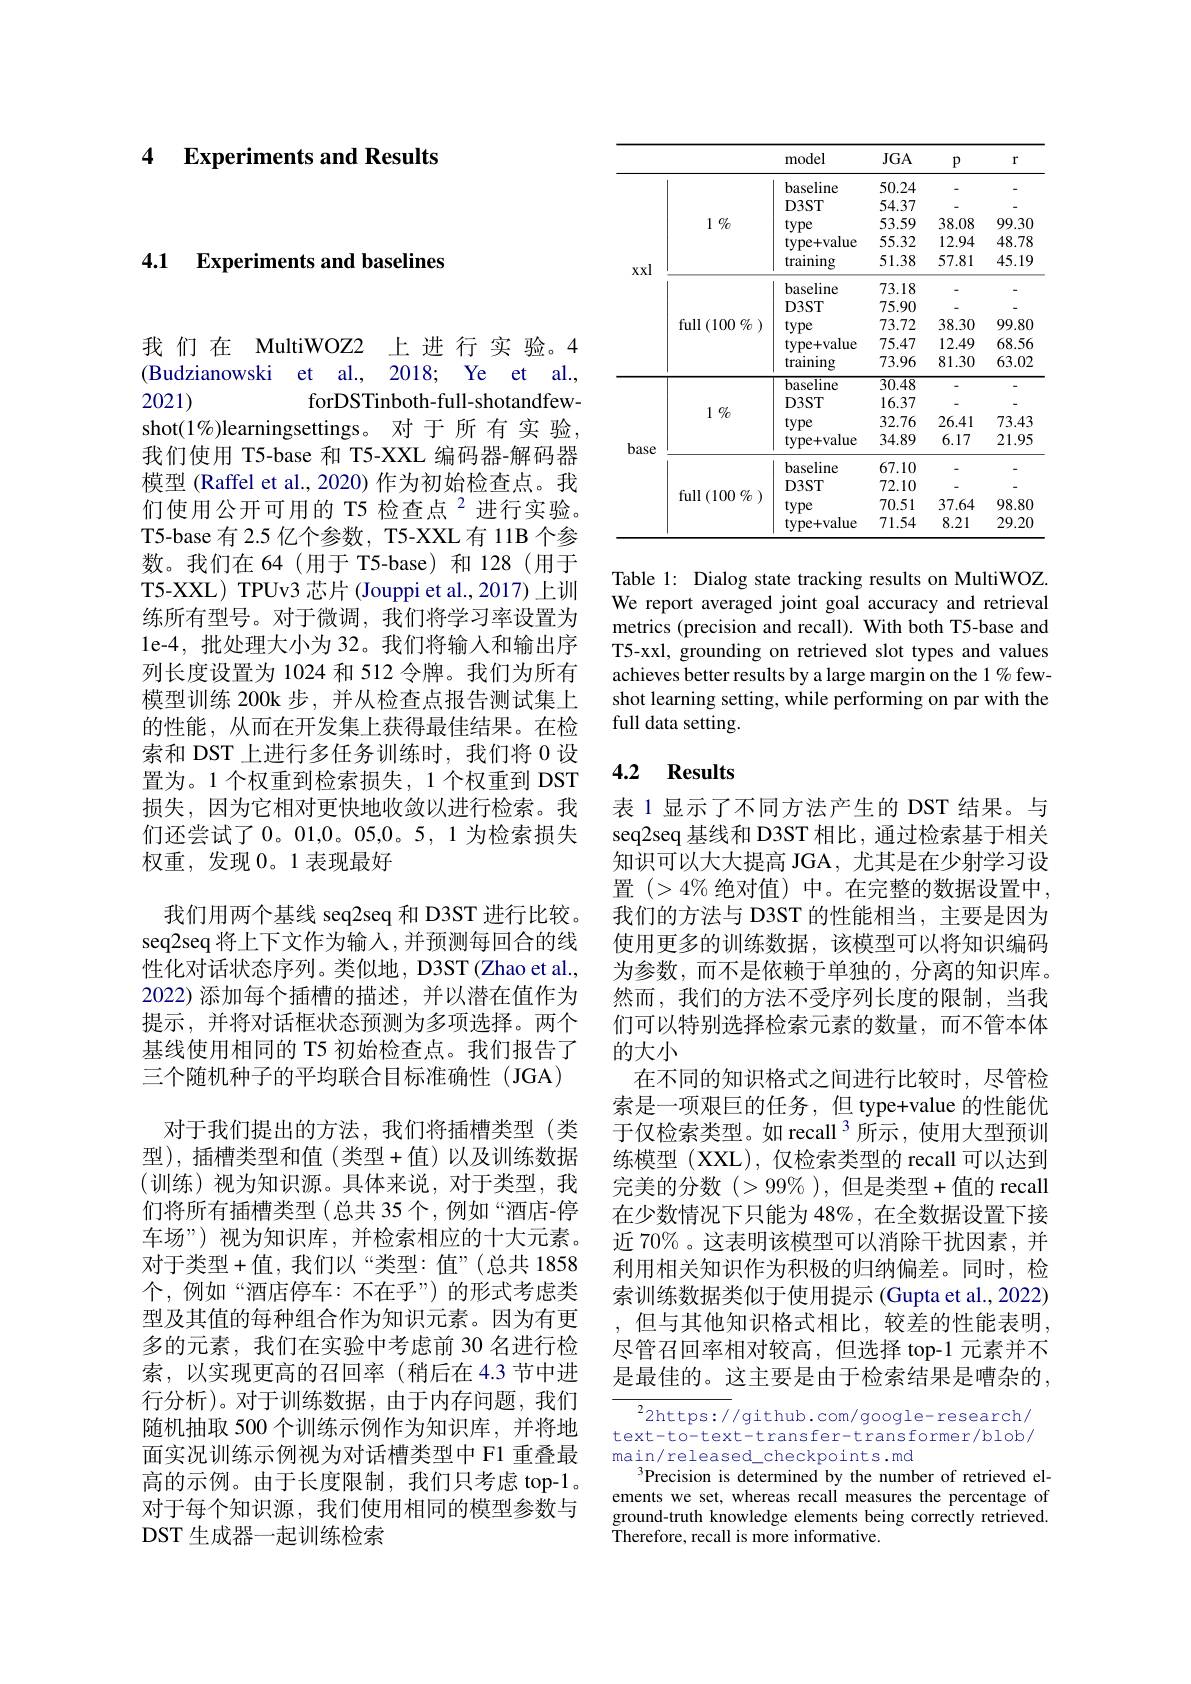
4 Experiments and Results

4.1 $\textbf{Experiments and baselines}$

我们在 MultiWOZ2 上进行实验。4 (Budzianowski et al., 2018; Ye et al., 2021)
forDSTinboth-full-shotandfew-
shot(1%)learningsettings。对于所有实验我们使用 T5-base 和 T5-XXL 编码器-解码器模型 (Raffel et al., 2020) 作为初始检查点。我们使用公开可用的 T5 检查点$^{2}$进行实验。T5-base 有 2.5 亿个参数，T5-XXL 有 11B 个参数。我们在 64(用于 T5-base) 和 128(用于T5-XXL) TPUv3 芯片(Jouppi et al.,2017) 上训练所有型号。对于微调，我们将学习率设置为1e-4,批处理大小为 32。我们将输入和输出序列长度设置为 1024 和 512 令牌。我们为所有模型训练 200k 步，并从检查点报告测试集上的性能，从而在开发集上获得最佳结果。在检索和 DST 上进行多任务训练时，我们将 0 设置为。1 个权重到检索损失，1 个权重到 DST 损失，因为它相对更快地收敛以进行检索。我们还尝试了 0。01,0。05,0。5, 1 为检索损失权重，发现0。1 表现最好
我们用两个基线 seq2seq 和 D3ST 进行比较。seq2seq 将上下文作为输入，并预测每回合的线性化对话状态序列。类似地，D3ST(Zhao et al., 2022) 添加每个插槽的描述，并以潜在值作为提示，并将对话框状态预测为多项选择。两个基线使用相同的 T5 初始检查点。我们报告了三个随机种子的平均联合目标准确性(JGA)
对于我们提出的方法，我们将插槽类型(类型),插槽类型和值(类型+值)以及训练数据(训练)视为知识源。具体来说，对于类型，我们将所有插槽类型(总共 35个，例如“酒店-停车场”) 视为知识库，并检索相应的十大元素。对于类型+值，我们以“类型：值”(总共1858个，例如“酒店停车：不在乎”)的形式考虑类型及其值的每种组合作为知识元素。因为有更多的元素，我们在实验中考虑前 30 名进行检索，以实现更高的召回率(稍后在4.3节中进行分析)。对于训练数据，由于内存问题，我们随机抽取 500 个训练示例作为知识库，并将地面实况训练示例视为对话槽类型中 F1 重叠最高的示例。由于长度限制，我们只考虑 top-1。对于每个知识源，我们使用相同的模型参数与DST 生成器一起训练检索

<table>
	<tbody>
		<tr>
			<th> </th>
			<th> </th>
			<th>model</th>
			<th>$JGA$</th>
			<th>$p$</th>
			<th>$r$</th>
		</tr>
		<tr>
			<td rowspan="11">xxl</td>
			<td rowspan="5">$1\%$</td>
			<td>baseline</td>
			<td>50.24</td>
			<td>-</td>
			<td>-</td>
		</tr>
		<tr>
			<td>D3ST</td>
			<td>54.37</td>
			<td> </td>
			<td> </td>
		</tr>
		<tr>
			<td>type</td>
			<td>53.59</td>
			<td>38.08</td>
			<td>99.30</td>
		</tr>
		<tr>
			<td>type+value</td>
			<td>55.32</td>
			<td>12.94</td>
			<td>48.78</td>
		</tr>
		<tr>
			<td>training</td>
			<td>51.38</td>
			<td>57.81</td>
			<td>45.19</td>
		</tr>
		<tr>
			<td rowspan="5">$\operatorname{full}(100\%)$</td>
			<td>baseline</td>
			<td>73.18</td>
			<td>-</td>
			<td>-</td>
		</tr>
		<tr>
			<td>D3ST</td>
			<td>75.90</td>
			<td> </td>
			<td>-</td>
		</tr>
		<tr>
			<td>type</td>
			<td>73.72</td>
			<td>38.30</td>
			<td>99.80</td>
		</tr>
		<tr>
			<td>type+value</td>
			<td>75.47</td>
			<td>12.49</td>
			<td>68.56</td>
		</tr>
		<tr>
			<td>training</td>
			<td>73.96</td>
			<td>81.30</td>
			<td>63.02</td>
		</tr>
		<tr>
			<td rowspan="4">$1\%$</td>
			<td>baseline</td>
			<td>$\overline{30.48}$</td>
			<td> </td>
			<td>-</td>
		</tr>
		<tr>
			<td rowspan="7">base</td>
			<td>$D3ST$</td>
			<td>16.37</td>
			<td> </td>
			<td>-</td>
		</tr>
		<tr>
			<td>type</td>
			<td>32.76</td>
			<td>26.41</td>
			<td>73.43</td>
		</tr>
		<tr>
			<td>type+value</td>
			<td>34.89</td>
			<td>6.17</td>
			<td>21.95</td>
		</tr>
		<tr>
			<td rowspan="4">$\operatorname{full}(100\%)$</td>
			<td>baseline</td>
			<td>67.10</td>
			<td> </td>
			<td>-</td>
		</tr>
		<tr>
			<td>D3ST</td>
			<td>72.10</td>
			<td> </td>
			<td>-</td>
		</tr>
		<tr>
			<td>type</td>
			<td>70.51</td>
			<td>37.64</td>
			<td>98.80</td>
		</tr>
		<tr>
			<td>type+value</td>
			<td>71.54</td>
			<td>8.21</td>
			<td>29.20</td>
		</tr>
	</tbody>
</table>

Table 1: Dialog state tracking results on MultiWOZ. We report averaged joint goal accuracy and retrieval metrics (precision and recall). With both T5-base and T5-xxl, grounding on retrieved slot types and values achieves better results by a large margin on the 1% fewshot learning setting, while performing on par with the full data setting.

### 4.2 Results

表 1显示了不同方法产生的 DST 结果。与seq2seq 基线和 D3ST 相比，通过检索基于相关知识可以大大提高 JGA, 尤其是在少射学习设置 $(>4\%$ 绝对值)中。在完整的数据设置中， 我们的方法与 D3ST 的性能相当，主要是因为使用更多的训练数据，该模型可以将知识编码为参数，而不是依赖于单独的，分离的知识库。然而，我们的方法不受序列长度的限制，当我们可以特别选择检索元素的数量，而不管本体的大小
在不同的知识格式之间进行比较时，尽管检索是一项艰巨的任务，但 type+value 的性能优于仅检索类型。如 recall 3 所示，使用大型预训练模型 (XXL), 仅检索类型的 recall 可以达到完美的分数 $(>99\%)$, 但是类型+值的 recall 在少数情况下只能为 48%, 在全数据设置下接近 70%。这表明该模型可以消除干扰因素，并利用相关知识作为积极的归纳偏差。同时，检索训练数据类似于使用提示 (Gupta et al., 2022)
但与其他知识格式相比，较差的性能表明， 尽管召回率相对较高，但选择 top-1 元素并不是最佳的。这主要是由于检索结果是嘈杂的，
${^{2}\mathrm{2https:/}}/$github.com/google-research/

text-to-text-transfer-transformer/blob/
main/released\_checkpoints.md
$^{3}$Precision is determined by the number of retrieved elements we set, whereas recall measures the percentage of ground-truth knowledge elements being correctly retrieved. $\bar{\mathrm{Therefore,~recall~is~more~informative.}}$